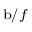
_ { \textrm b / f }